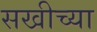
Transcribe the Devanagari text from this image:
सखीच्या